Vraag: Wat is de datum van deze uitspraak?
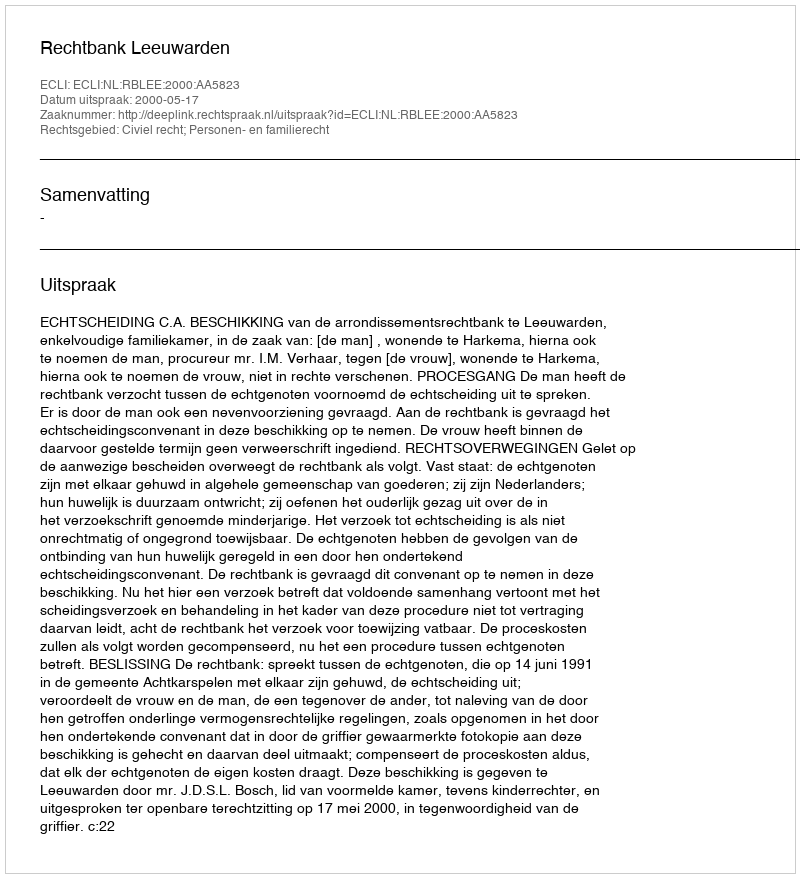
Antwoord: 2000-05-17